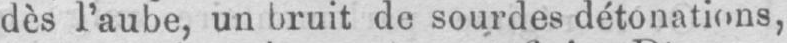
dès l’aube, un bruit de sourdes détonations,